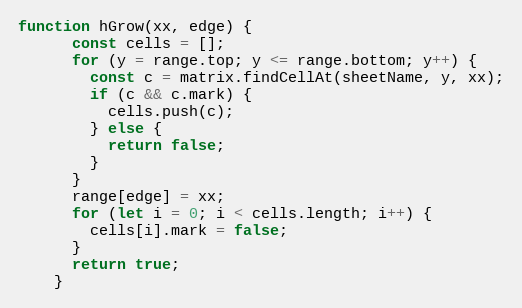
Language: JavaScript
function hGrow(xx, edge) {
      const cells = [];
      for (y = range.top; y <= range.bottom; y++) {
        const c = matrix.findCellAt(sheetName, y, xx);
        if (c && c.mark) {
          cells.push(c);
        } else {
          return false;
        }
      }
      range[edge] = xx;
      for (let i = 0; i < cells.length; i++) {
        cells[i].mark = false;
      }
      return true;
    }